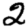
Digit: 2